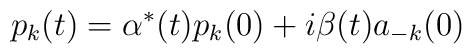
p_k(t)=\alpha ^{*}(t)p_k(0)+i\beta (t)a_{-k}(0)